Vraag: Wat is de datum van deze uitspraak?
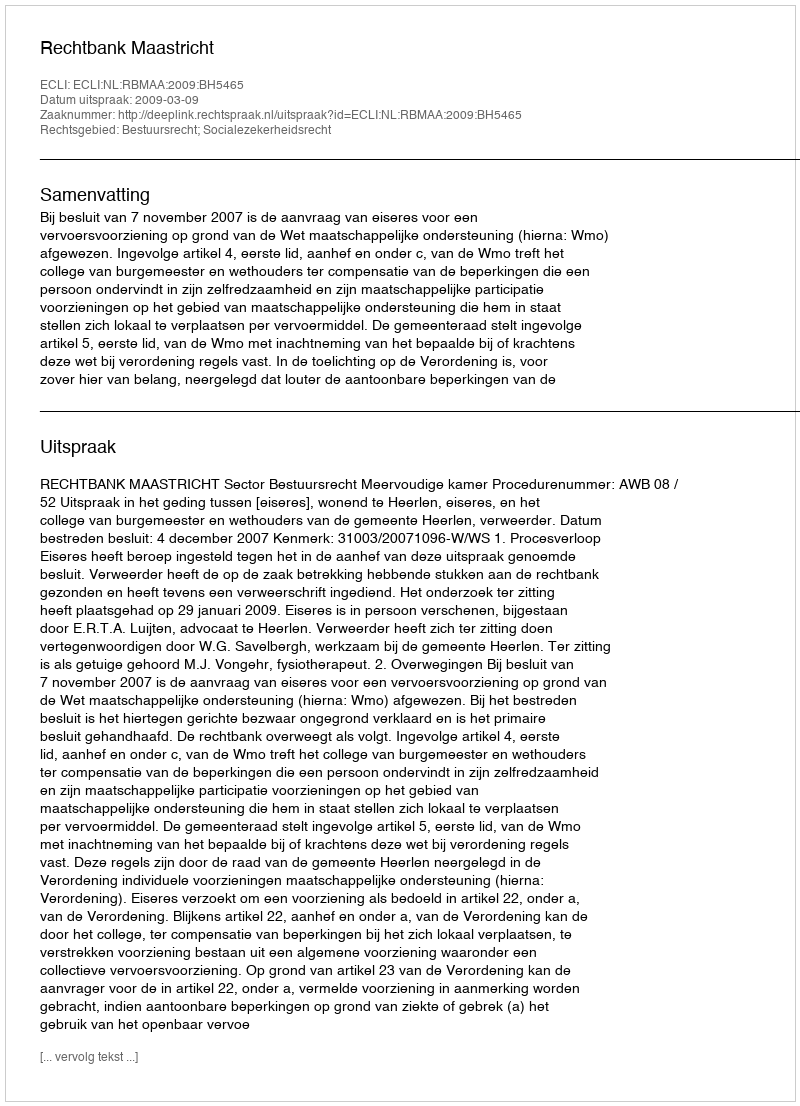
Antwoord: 2009-03-09